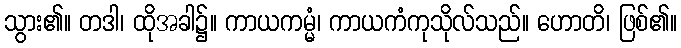
သွား၏။ တဒါ၊ ထိုအခါ၌။ ကာယကမ္မံ၊ ကာယကံကုသိုလ်သည်။ ဟောတိ၊ ဖြစ်၏။